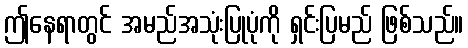
ဤနေရာတွင် အမည်အသုံးပြုပုံကို ရှင်းပြမည် ဖြစ်သည်။